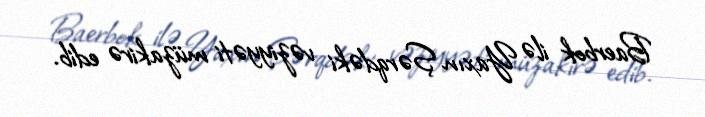
Baerbok ilə Yaxın Şərqdəki vəziyyəti müzakirə edib.